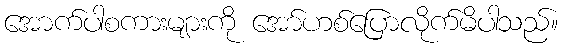
အောက်ပါစကားများကို အော်ဟစ်ပြောလိုက်မိပါသည်။